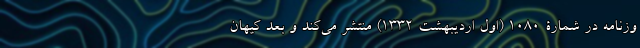
وزنامه در شمارۀ 1080 (اول اردیبهشت 1332) منتشر می‌کند و بعد کیهان